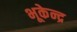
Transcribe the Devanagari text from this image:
भूकेन्द्र